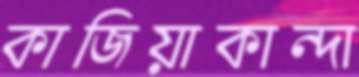
কাজিয়াকান্দা